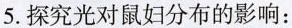
5.探究光对鼠妇分布的影响：